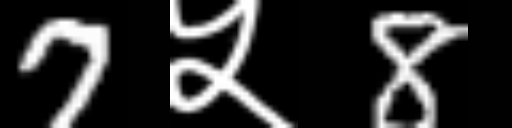
Text: 7५8